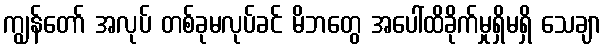
ကျွန်တော် အလုပ် တစ်ခုမလုပ်ခင် မိဘတွေ အပေါ်ထိခိုက်မှုရှိမရှိ သေချာ